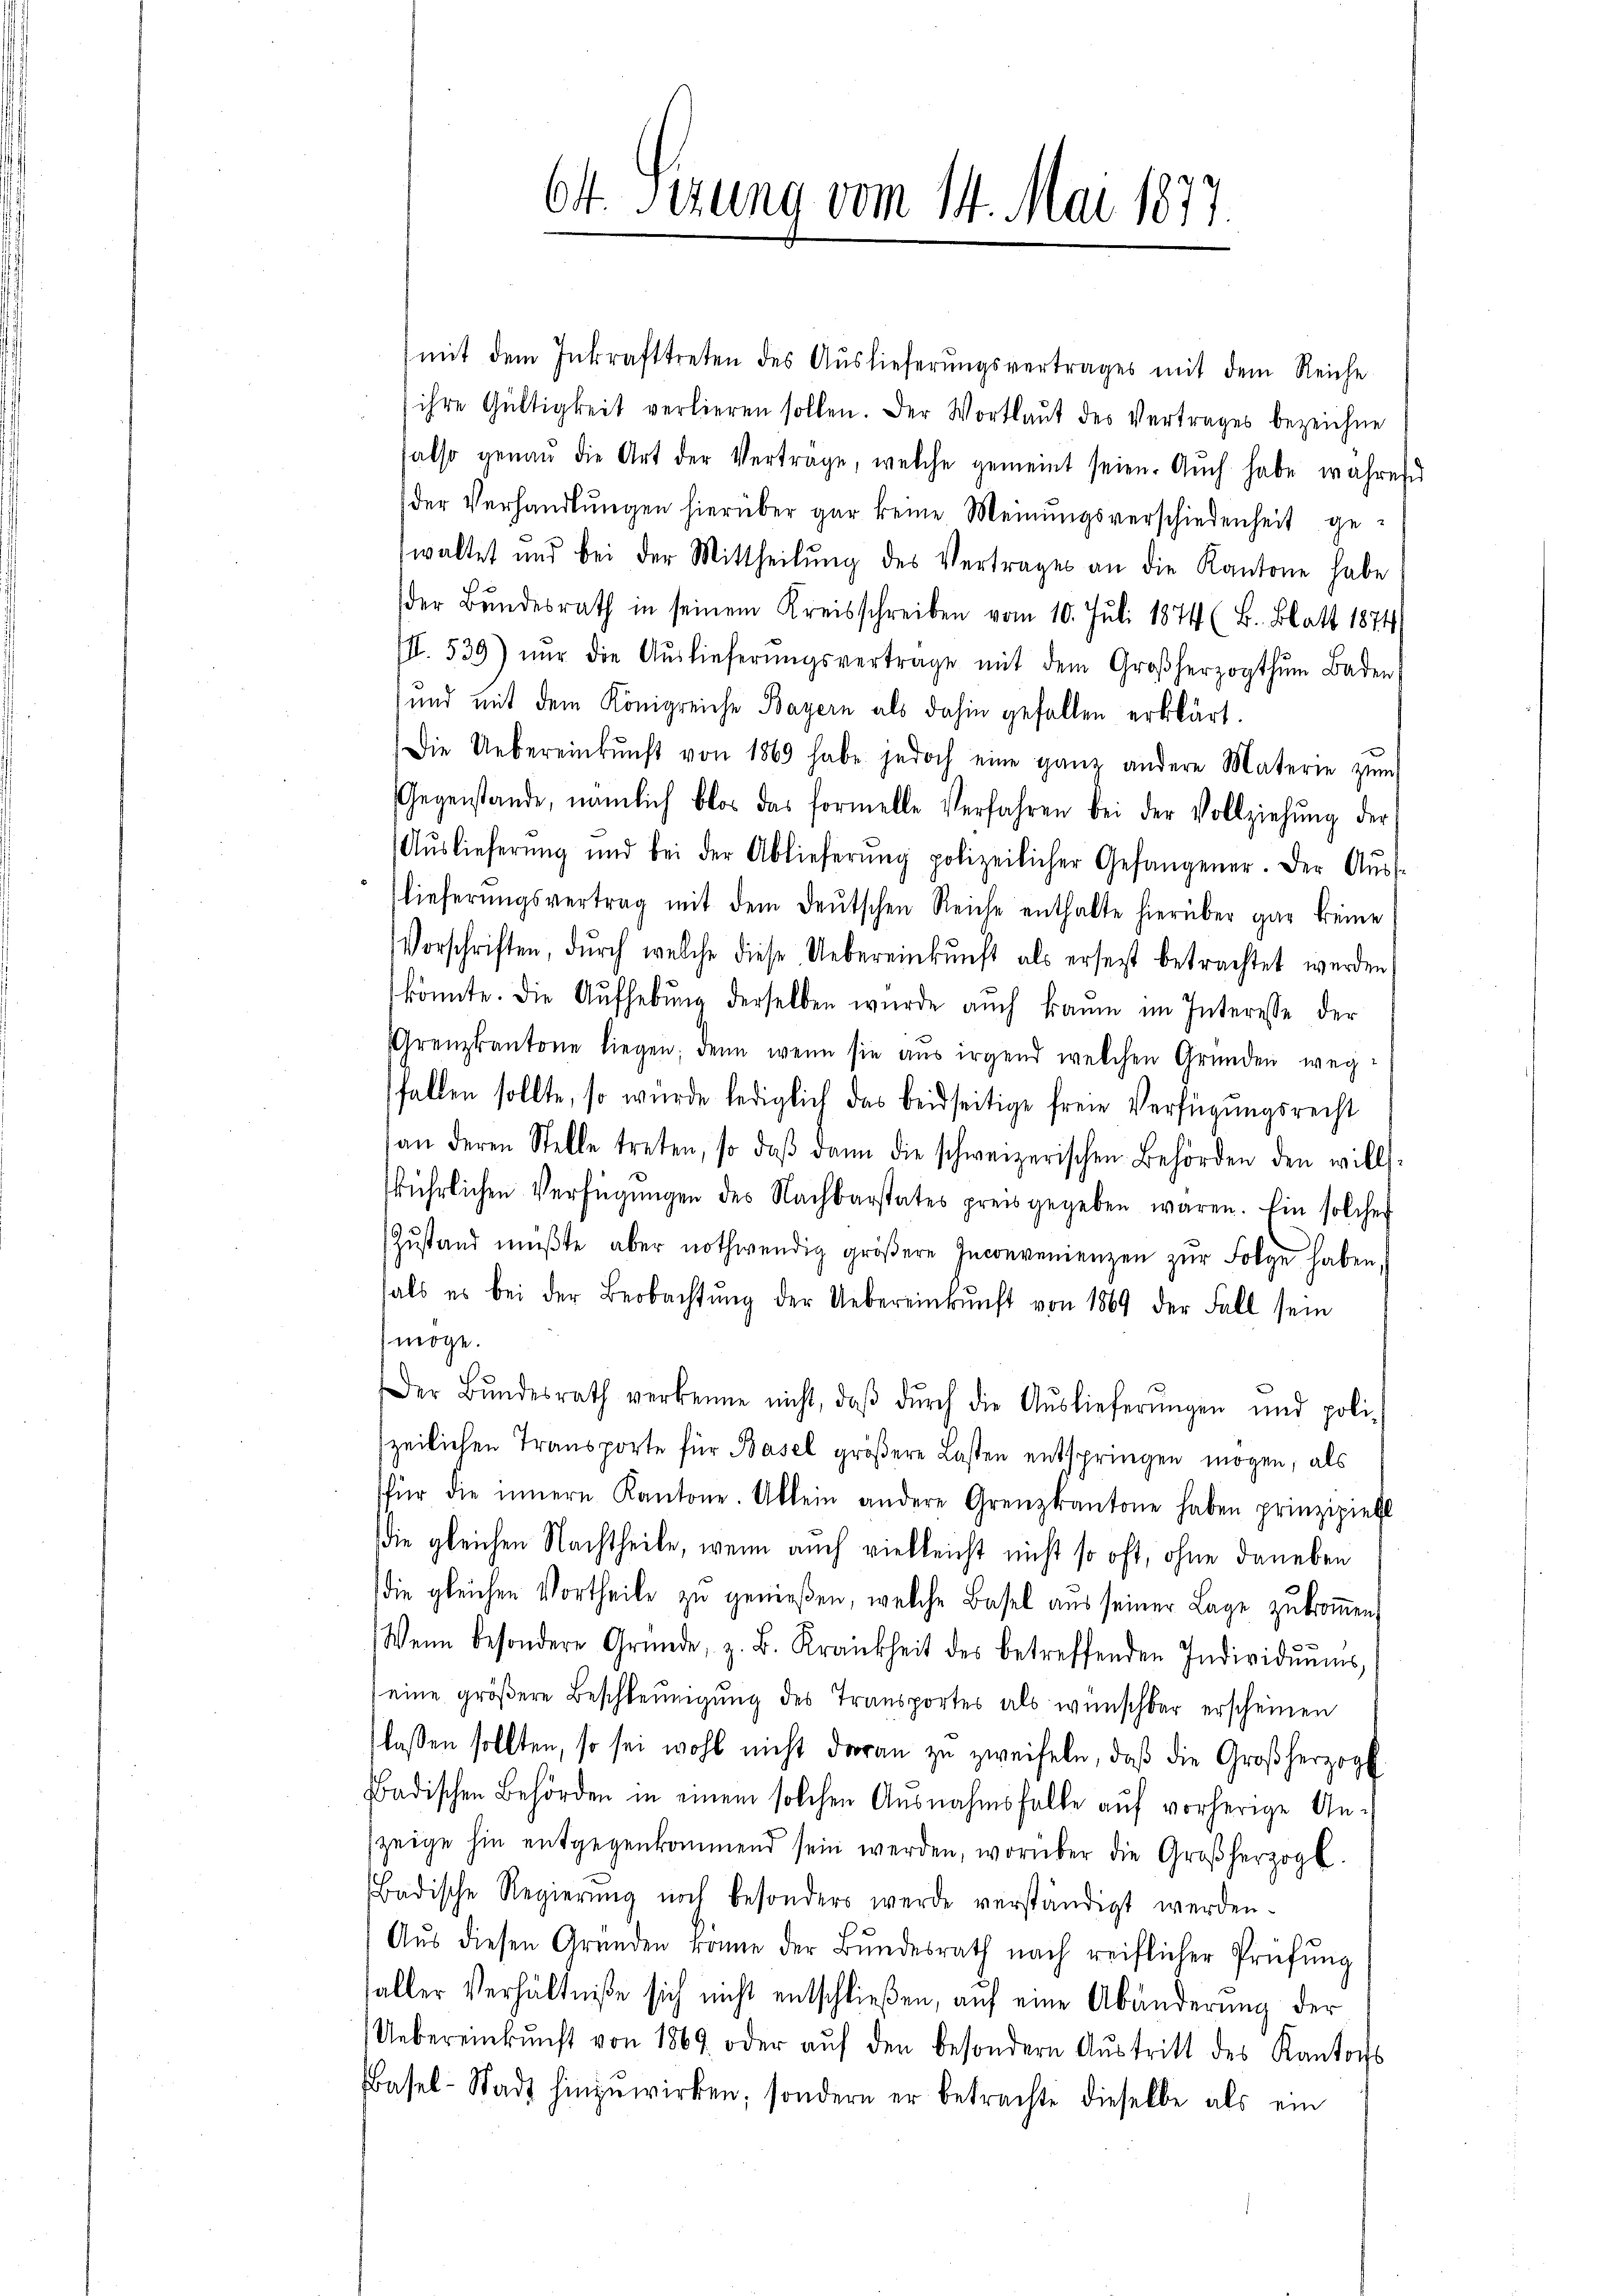
64. Sizung vom 14. Mai 1877.

mit dem Inkrafttreten des Auslieferungsvertrages mit dem Reiche
ihre Gültigkeit verlieren sollen. Der Wortlaut des Vertrages bezeichne
also genau die Art der Vertrage, welche gemeint seien. Aŭch habe wahren
der Verhandlungen hierüber gar keine Meinungsverschiedenheit gewaltet und bei der Mittheilŭng des Vertrages an die Kantone habe
der Bŭndesrath in seinem Kreisschreiben vom 10. Juli 1874 (B. Blatt 1874
III. 539) nŭr die Aŭslieferŭngsvertrage mit dem Großherzogthum Baden,
und mit dem Königreiche Bayern als dahin gefallen erklärt.
Die Uebereinkunft von 1869 habe jedoch eine ganz andere Materie zŭm
Gegenstande, nämlich blos das formelle Verfahren bei der Vollziehŭng der
Aŭslieferŭng und bei der Ablieferŭng polizeilicher Gefangener. Der Aŭs-
lieferŭngsvertrag mit dem deŭtschen Reiche enthalte hierüber gar keine
Vorschriften, dŭrch welche diese Uebereinkunft als ersetzt betrachtet werden,
könnte. Die Aufhebŭng derselben wurde auch kaum im Interesse der
Grenzkantone liegen, denn wenn sie aŭs irgend welchen Gründen weg-
fallen sollte, so wurde lediglich das beidseitige freie Verfügungsrecht
an deren Stelle treten, so daβ dann die schweizerischen Behörden den wills-
ührlichen Verfügŭngen des Nachbarstates preis gegeben waren. Ein solcher
Zŭstand müβte, aber nothwendig gröβere Inconvenienzen zŭr Folge haben.
hals es bei der Beobachtŭng der Uebereinkunft von 1869 der Fall sein
möge.
Der Bŭndesrath verkenne nicht, daβ dŭrch die Aŭslieferŭngen und poli-
zeilichen Transporte für Basel größere Lasten entspringen mögen; als
für die innern Kantone. Allein andere Grenzkantone haben prinzipiell
die gleichen Nachtheile, wenn auch vielleicht nicht so oft, ohne daneben
die gleichen Vortheile zu genießen, welche Basel aus seiner Lage zukommen,
Wenn besondere Gründe, z. B. Krankheit des betreffenden Individŭŭms
(eine größere Beschleunigung des Transportes als wünschbar erscheinen
lassen sollten, so sei wohl nicht daran zu zweifeln, daß die Großherzogl
Badischen Behörden in einem solchen Ausnahmsfalle aŭf vorherige An-
zeige hin entgegenkommend sein werden, worüber die Großherzogl.
Badische Regierŭng noch besonders werde verständigt werden.
Aŭs diesen Gründen könne der Bŭndesrath nach reiflicher Prüfŭng
aller Verhältniße sich nicht entschließen, auf eine Abänderung der
Uebereinkunft von 1869 oder aŭf den besondern Aŭstritt des Kantons
Basel-Stadt hinzuwirken, sondern er betrachte dieselbe als ein